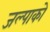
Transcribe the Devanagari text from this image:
जल्पाको